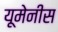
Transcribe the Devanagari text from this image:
यूमेनीस